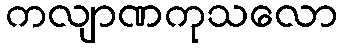
ကလျာဏကုသလော